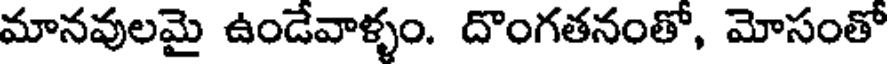
మానవులమై ఉండేవాళ్ళం. దొంగతనంతో, మోసంతో